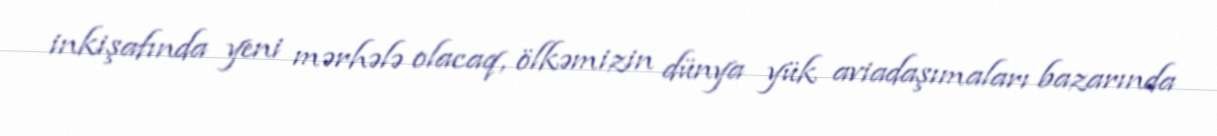
inkişafında yeni mərhələ olacaq, ölkəmizin dünya yük aviadaşımaları bazarında